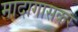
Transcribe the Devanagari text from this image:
मादागासकर